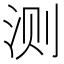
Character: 测